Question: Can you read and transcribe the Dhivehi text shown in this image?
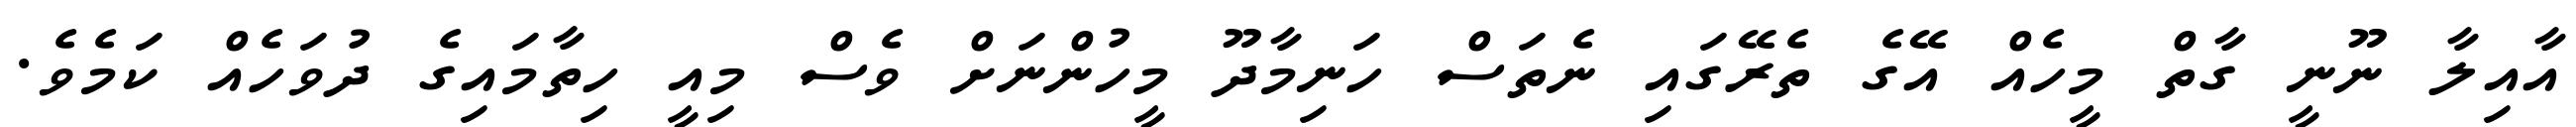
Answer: އާއިލާ ނޫނީ ގާތް މީހެއް އޭގެ ތެރޭގައި ނެތަސް ހަނިމާދޫ މީހުންނަށް ވެސް މިއީ ހިތާމައިގެ ދުވަހެއް ކަމެވެ.